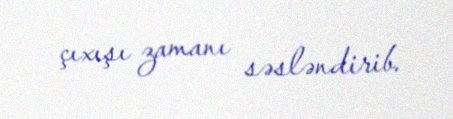
çıxışı zamanı səsləndirib.